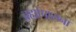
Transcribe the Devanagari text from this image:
ब्रह्मोपासना